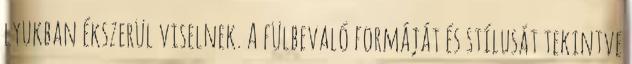
lyukban ékszerül viselnek. A fülbevaló formáját és stílusát tekintve